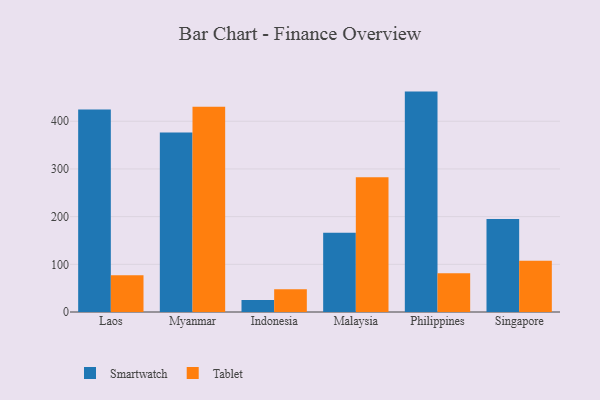
{"axis": {"x": "Country", "y": "Temperature (°C)"}, "legend": ["Smartwatch", "Tablet"], "data": [{"x": "Laos", "y": 424.9, "type": "Smartwatch"}, {"x": "Laos", "y": 77.2, "type": "Tablet"}, {"x": "Myanmar", "y": 376.3, "type": "Smartwatch"}, {"x": "Myanmar", "y": 430.5, "type": "Tablet"}, {"x": "Indonesia", "y": 25.0, "type": "Smartwatch"}, {"x": "Indonesia", "y": 47.9, "type": "Tablet"}, {"x": "Malaysia", "y": 166.0, "type": "Smartwatch"}, {"x": "Malaysia", "y": 282.8, "type": "Tablet"}, {"x": "Philippines", "y": 462.2, "type": "Smartwatch"}, {"x": "Philippines", "y": 81.4, "type": "Tablet"}, {"x": "Singapore", "y": 194.8, "type": "Smartwatch"}, {"x": "Singapore", "y": 107.7, "type": "Tablet"}]}